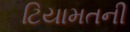
ટિયામતની